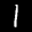
Label: 1